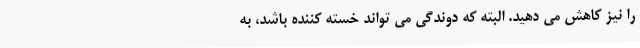
را نیز کاهش می دهید. البته که دوندگی می تواند خسته کننده باشد، به